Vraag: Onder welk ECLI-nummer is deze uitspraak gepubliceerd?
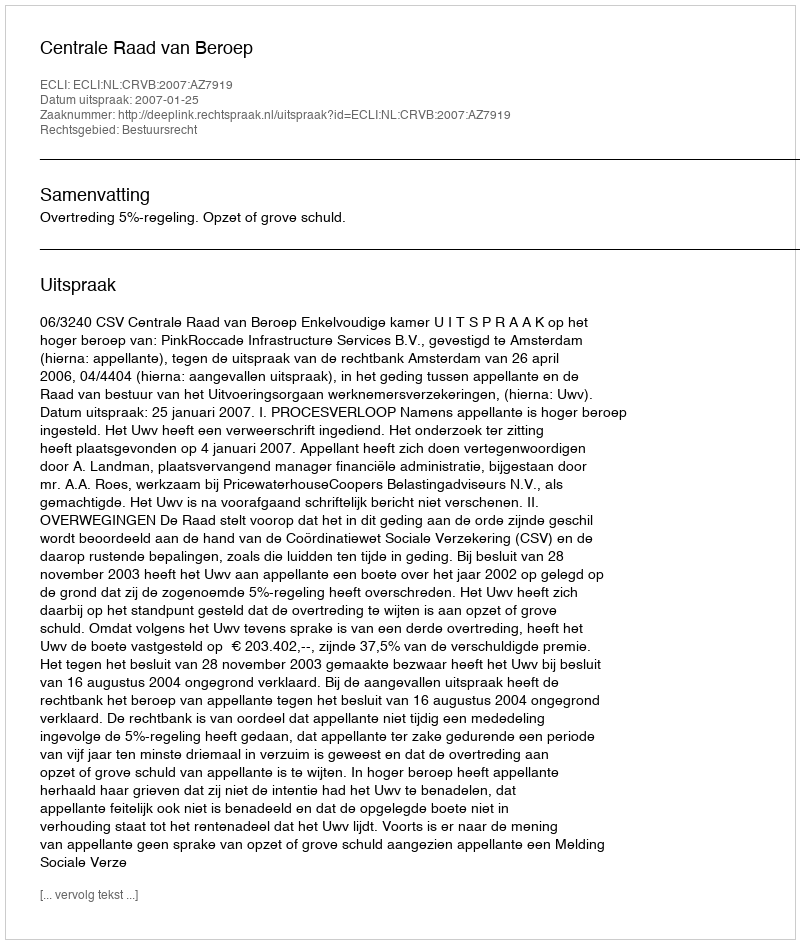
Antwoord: ECLI:NL:CRVB:2007:AZ7919